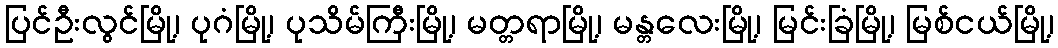
ပြင်ဦးလွင်မြို့၊ ပုဂံမြို့၊ ပုသိမ်ကြီးမြို့၊ မတ္တရာမြို့၊ မန္တလေးမြို့၊ မြင်းခြံမြို့၊ မြစ်ငယ်မြို့၊